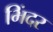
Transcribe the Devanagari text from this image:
भिंदर